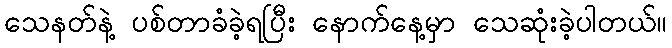
သေနတ်နဲ့ ပစ်တာခံခဲ့ရပြီး နောက်နေ့မှာ သေဆုံးခဲ့ပါတယ်။